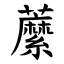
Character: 䕷